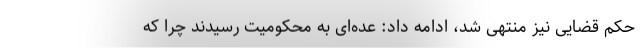
حکم قضایی نیز منتهی شد، ادامه داد: عده‌ای به محکومیت رسیدند چرا که